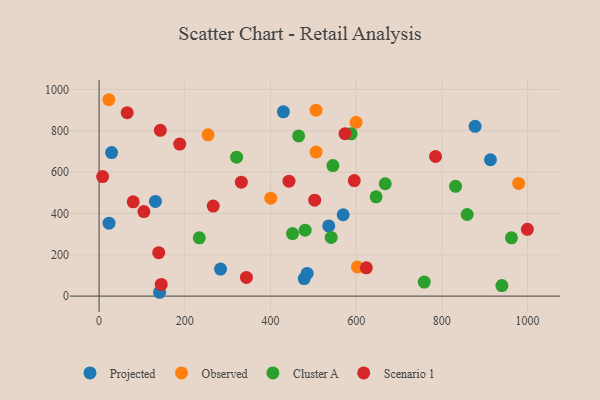
{"axis": {"x": "Distance", "y": "Rating"}, "legend": ["Cluster A", "Observed", "Projected", "Scenario 1"], "data": [{"x": "536.0", "y": 339.5, "type": "Projected"}, {"x": "23.2", "y": 352.9, "type": "Projected"}, {"x": "913.4", "y": 659.5, "type": "Projected"}, {"x": "283.5", "y": 130.6, "type": "Projected"}, {"x": "430.2", "y": 891.6, "type": "Projected"}, {"x": "478.8", "y": 84.9, "type": "Projected"}, {"x": "141.3", "y": 18.5, "type": "Projected"}, {"x": "131.5", "y": 457.9, "type": "Projected"}, {"x": "29.3", "y": 694.1, "type": "Projected"}, {"x": "569.7", "y": 393.6, "type": "Projected"}, {"x": "485.6", "y": 109.9, "type": "Projected"}, {"x": "877.6", "y": 821.4, "type": "Projected"}, {"x": "506.4", "y": 899.5, "type": "Observed"}, {"x": "599.8", "y": 840.6, "type": "Observed"}, {"x": "979.3", "y": 544.9, "type": "Observed"}, {"x": "22.7", "y": 950.0, "type": "Observed"}, {"x": "506.5", "y": 696.9, "type": "Observed"}, {"x": "602.9", "y": 141.1, "type": "Observed"}, {"x": "254.3", "y": 780.4, "type": "Observed"}, {"x": "400.7", "y": 473.6, "type": "Observed"}, {"x": "481.0", "y": 318.8, "type": "Cluster A"}, {"x": "451.5", "y": 302.4, "type": "Cluster A"}, {"x": "667.9", "y": 543.6, "type": "Cluster A"}, {"x": "962.4", "y": 282.1, "type": "Cluster A"}, {"x": "832.0", "y": 531.0, "type": "Cluster A"}, {"x": "541.7", "y": 284.0, "type": "Cluster A"}, {"x": "465.7", "y": 774.7, "type": "Cluster A"}, {"x": "233.9", "y": 282.0, "type": "Cluster A"}, {"x": "758.9", "y": 67.7, "type": "Cluster A"}, {"x": "940.1", "y": 50.8, "type": "Cluster A"}, {"x": "321.0", "y": 672.3, "type": "Cluster A"}, {"x": "859.1", "y": 394.8, "type": "Cluster A"}, {"x": "646.6", "y": 480.5, "type": "Cluster A"}, {"x": "588.3", "y": 785.2, "type": "Cluster A"}, {"x": "545.7", "y": 631.4, "type": "Cluster A"}, {"x": "503.2", "y": 464.2, "type": "Scenario 1"}, {"x": "343.9", "y": 90.3, "type": "Scenario 1"}, {"x": "145.1", "y": 56.4, "type": "Scenario 1"}, {"x": "332.0", "y": 550.9, "type": "Scenario 1"}, {"x": "574.0", "y": 785.8, "type": "Scenario 1"}, {"x": "8.3", "y": 578.0, "type": "Scenario 1"}, {"x": "104.6", "y": 408.7, "type": "Scenario 1"}, {"x": "266.4", "y": 435.7, "type": "Scenario 1"}, {"x": "188.1", "y": 735.3, "type": "Scenario 1"}, {"x": "143.0", "y": 802.0, "type": "Scenario 1"}, {"x": "999.6", "y": 322.8, "type": "Scenario 1"}, {"x": "65.6", "y": 887.3, "type": "Scenario 1"}, {"x": "443.2", "y": 555.9, "type": "Scenario 1"}, {"x": "79.6", "y": 456.0, "type": "Scenario 1"}, {"x": "785.3", "y": 675.3, "type": "Scenario 1"}, {"x": "139.2", "y": 210.1, "type": "Scenario 1"}, {"x": "623.8", "y": 136.8, "type": "Scenario 1"}, {"x": "595.7", "y": 558.7, "type": "Scenario 1"}]}